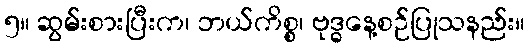
၅။ ဆွမ်းစားပြီးက၊ ဘယ်ကိစ္စ၊ ဗုဒ္ဓနေ့စဉ်ပြုသနည်း။